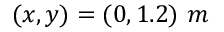
( x , y ) = ( 0 , 1 . 2 ) \ m